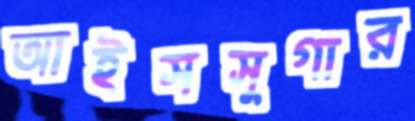
আইসসুগার